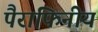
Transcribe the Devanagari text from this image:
पैराफिनीय